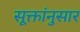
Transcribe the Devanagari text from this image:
सूक्तांनुसार